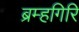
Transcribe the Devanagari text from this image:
ब्रम्हगिरि